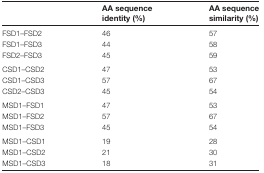
|  | AA sequence identity (%) | AA sequence similarity (%) |
 | --- | --- | --- |
 | FSD1–FSD2 | 46 | 57 |
 | FSD1–FSD3 | 44 | 58 |
 | FSD2–FSD3 | 45 | 59 |
 | CSD1–CSD2 | 47 | 53 |
 | CSD1–CSD3 | 57 | 67 |
 | CSD2–CSD3 | 45 | 54 |
 | MSD1–FSD1 | 47 | 53 |
 | MSD1–FSD2 | 57 | 67 |
 | MSD1–FSD3 | 45 | 54 |
 | MSD1–CSD1 | 19 | 28 |
 | MSD1–CSD2 | 21 | 30 |
 | MSD1–CSD3 | 18 | 31 |